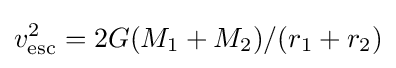
v_{\text{esc}}^{2}=2G(M_{1}+M_{2})/(r_{1}+r_{2})